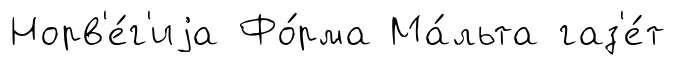
Норв'е́г'иjа Фо́рма Ма́льта газ'е́т